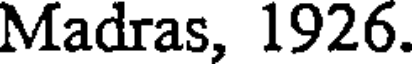
Madras, 1926.